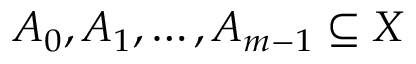
A _ { 0 } , A _ { 1 } , \dots , A _ { m - 1 } \subseteq X